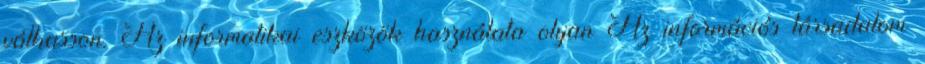
válhasson. Az informatikai eszközök használata olyan Az információs társadalom